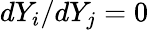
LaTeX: dY_{i}/dY_{j}=0